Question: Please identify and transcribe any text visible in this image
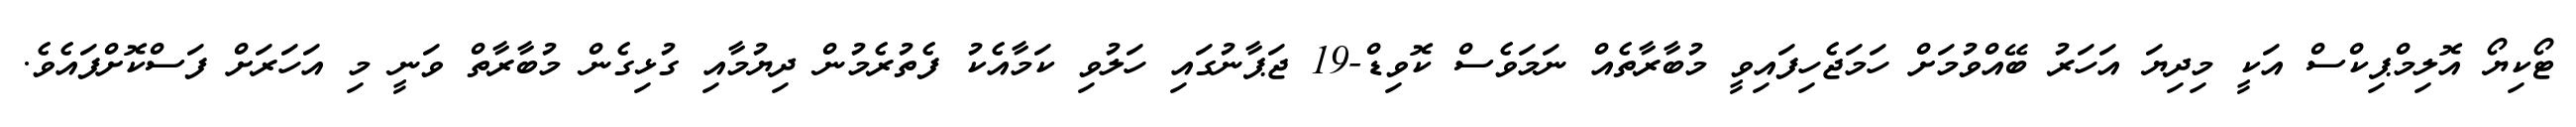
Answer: ޓޯކިޔޯ އޮލިމްޕިކްސް އަކީ މިދިޔަ އަހަރު ބޭއްވުމަށް ހަމަޖެހިފައިވީ މުބާރާތެއް ނަމަވެސް ކޮވިޑް-19 ޖަޕާނުގައި ހަލުވި ކަމާއެކު ފެތުރެމުން ދިޔުމާއި ގުޅިގެން މުބާރާތް ވަނީ މި އަހަރަށް ފަސްކޮށްފައެވެ.